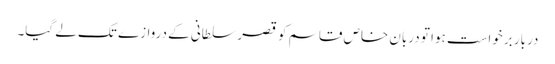
دربار برخواست ہوا تو دربان خاص قاسم کو قصر سلطانی کے دروازے تک لے گیا۔